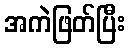
အကဲဖြတ်ပြီး